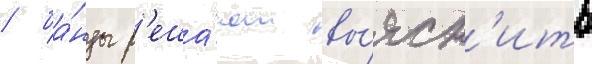
/ ба́нды р'еша́ют вы́ясн'ить